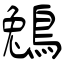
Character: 鵵